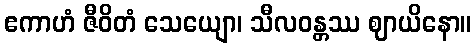
ဧကာဟံ ဇီဝိတံ သေယျော၊ သီလဝန္တဿ ဈာယိနော။